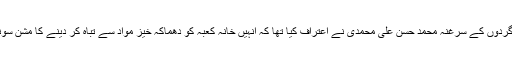
ان دہشت گردوں کے سرغنہ محمد حسن علی محمدی نے اعتراف کیا تھا کہ انہیں خانہ کعبہ کو دھماکہ خیز مواد سے تباہ کر دینے کا مشن سونپا گیا تھا۔